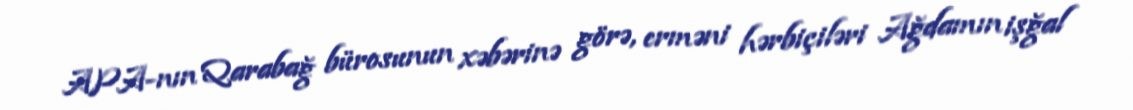
APA-nın Qarabağ bürosunun xəbərinə görə, erməni hərbiçiləri Ağdamın işğal